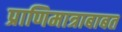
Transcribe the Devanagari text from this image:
प्राणिमात्राबाबत